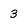
Character: 3